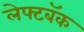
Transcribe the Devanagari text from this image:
लेफ्टबॅक